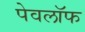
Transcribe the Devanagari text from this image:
पेवलॉफ